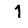
Digit: 1